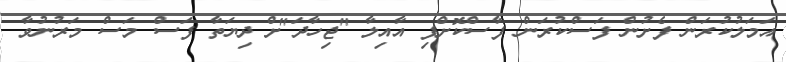
އަމަލުކުރަން ފެށުން ފަސްކުރަން ފާސްކޮށްފި އާއިލާ "ޖިހާދަ"ށް ދިޔަތާ ފަސް މަސް މަރުނުވާ